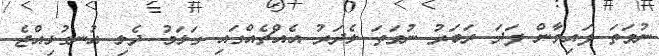
ނުވަތަ ފައިވާން ފަދަ ރަބަރު ނުވަތަ ލެދަރު އެއްޗެއްގައި ގަލަމު ދެލި އުނގުޅިއްޖެ